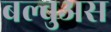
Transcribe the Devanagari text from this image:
बल्बुअस